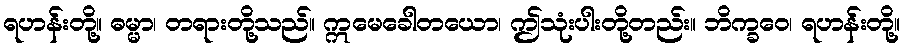
ရဟန်းတို့။ ဓမ္မာ၊ တရားတို့သည်။ ဣမေခေါတယော၊ ဤသုံးပါးတို့တည်း။ ဘိက္ခဝေ၊ ရဟန်းတို့။